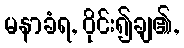
မနာခံရ, ဝိုင်း၍ချ၏,